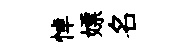
悼嫖名